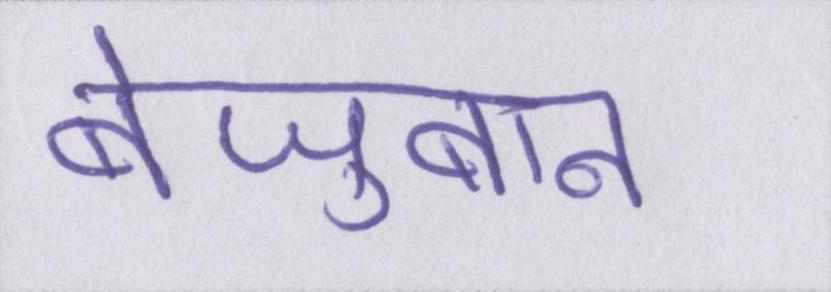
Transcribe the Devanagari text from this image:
बेज़ुबान